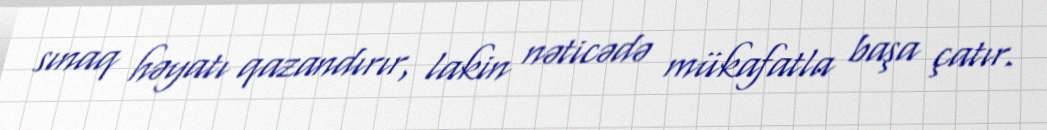
sınaq həyatı qazandırır, lakin nəticədə mükafatla başa çatır.